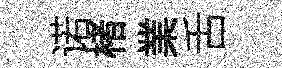
诺楮業舌